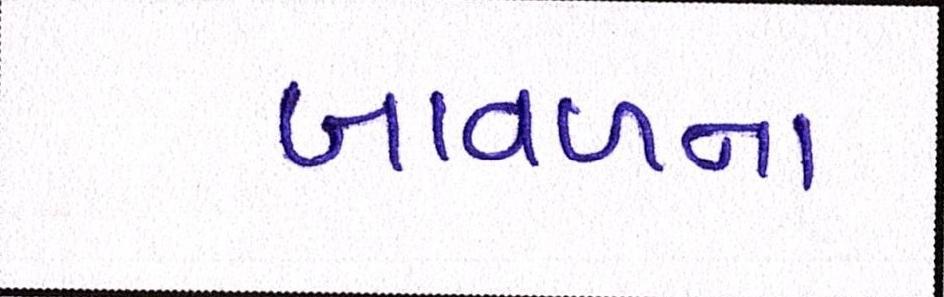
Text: બાવળના